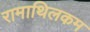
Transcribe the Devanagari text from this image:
रामाथिलकम